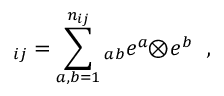
\O _ { i j } = \sum _ { a , b = 1 } ^ { n _ { i j } } \O _ { a b } e ^ { a } \! \! \otimes \! e ^ { b } \ \ ,